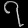
Digit: ၇